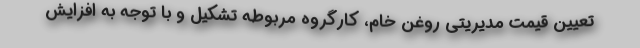
تعیین قیمت مدیریتی روغن خام، کارگروه مربوطه تشکیل و با توجه به افزایش